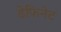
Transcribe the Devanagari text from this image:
डेफिनेट